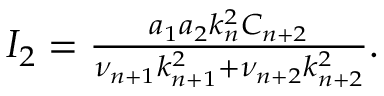
\begin{array} { r } { I _ { 2 } = \frac { a _ { 1 } a _ { 2 } k _ { n } ^ { 2 } C _ { n + 2 } } { \nu _ { n + 1 } k _ { n + 1 } ^ { 2 } + \nu _ { n + 2 } k _ { n + 2 } ^ { 2 } } . } \end{array}